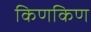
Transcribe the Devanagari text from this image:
किणकिण